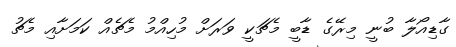
ގާޑިއޯލާ ބުނީ މިރޭގެ ޑާބީ މެޗަކީ ވަރަށް މުހިއްމު މެޗެއް ކަމަށާއި މެޗު